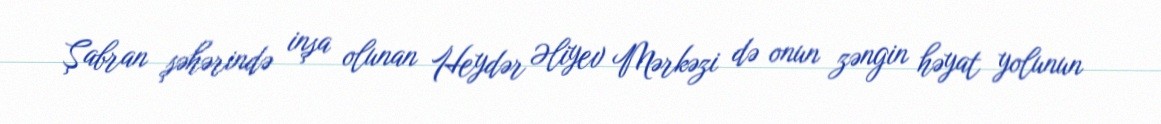
Şabran şəhərində inşa olunan Heydər Əliyev Mərkəzi də onun zəngin həyat yolunun